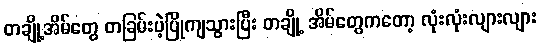
တချို့အိမ်တွေ တခြမ်းပဲ့ပြိုကျသွားပြီး တချို့ အိမ်တွေကတော့ လုံးလုံးလျားလျား